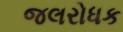
જલરોધક